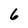
Character: 6